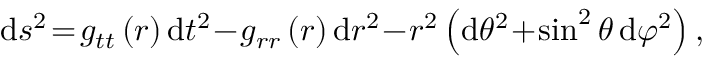
\begin{array} { r } { \begin{array} { r c l } { \displaystyle \mathrm { d } s ^ { 2 } \! = \! g _ { t t } \left( r \right) \mathrm { d } t ^ { 2 } \! - \! g _ { r r } \left( r \right) \mathrm { d } r ^ { 2 } \! - \! r ^ { 2 } \left( \mathrm { d } \theta ^ { 2 } \! + \! \sin ^ { 2 } \theta \, \mathrm { d } \varphi ^ { 2 } \right) , } \end{array} } \end{array}